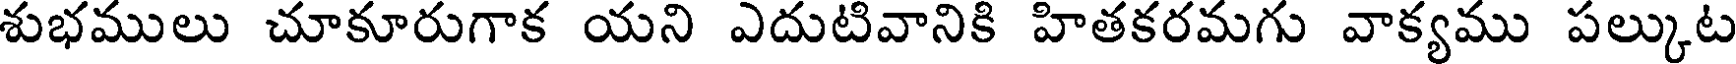
శుభములు చూకూరుగాక యని ఎదుటివానికి హితకరమగు వాక్యము పల్కుట